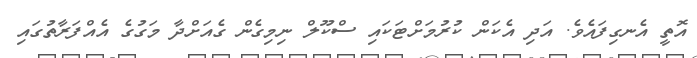
އޮތީ އެނގިފައެވެ. އަދި އެކަން ކުރުމަށްޓަކައި ސްކޫލް ނިމިގެން ގެއަށްދާ މަގުގެ އެއްފަރާތުގައި